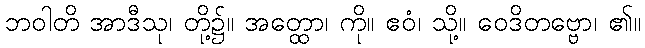
ဘဝါတိ အာဒီသု၊ တို့၌။ အတ္ထော၊ ကို။ ဧဝံ၊ သို့။ ဝေဒိတဗ္ဗော၊ ၏။